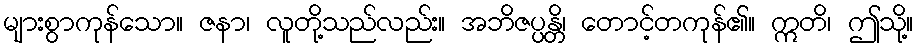
များစွာကုန်သော။ ဇနာ၊ လူတို့သည်လည်း။ အဘိဇပ္ပန္တိ၊ တောင့်တကုန်၏။ ဣတိ၊ ဤသို့။